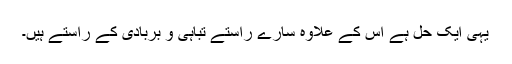
یہی ایک حل ہے اس کے علاوہ سارے راستے تباہی و بربادی کے راستے ہیں۔